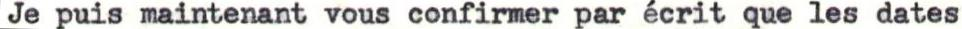
Je puis maintenant vous confirmer par écrit que les dates